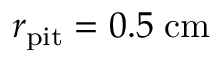
r _ { \mathrm { p i t } } = 0 . 5 \; \mathrm { c m }